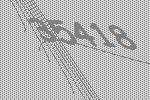
35418